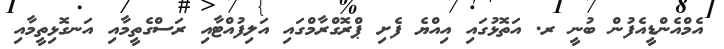
އެމްއެންޑީއެފުން ބުނީ ރ. އަތޮޅުގައި އިއްޔެ ފެށި ޕްރޮގްރާމްގައި އަލިފުއްޓާއި ރަސްގެތީމާއި އަނގޮޅިތީމާއި